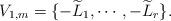
LaTeX: \begin{align*} V_{1, m} = \{-\widetilde{L}_1, \cdots, -\widetilde{L}_r\} .\end{align*}